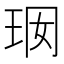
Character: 𤤢